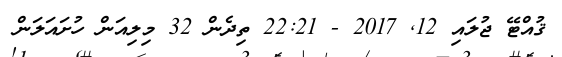
ޤުއްޓޭ ޖުލައި 12